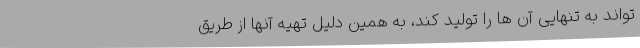
تواند به تنهایی آن ها را تولید کند، به همین دلیل تهیه آنها از طریق